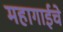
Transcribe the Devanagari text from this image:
महागाईचे